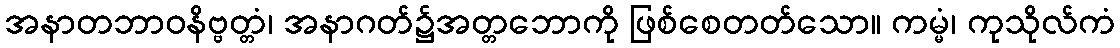
အနာတဘာဝနိဗ္ဗတ္တံ၊ အနာဂတ်၌အတ္တဘောကို ဖြစ်စေတတ်သော။ ကမ္မံ၊ ကုသိုလ်ကံ